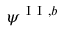
\psi ^ { \mathrm { ~ I ~ I ~ } , b }